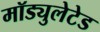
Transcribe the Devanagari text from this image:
मॉड्युलेटेड